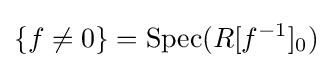
\{f\neq 0\}=\operatorname {Spec} (R[f^{-1}]_{0})